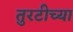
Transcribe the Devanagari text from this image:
तुरटीच्या